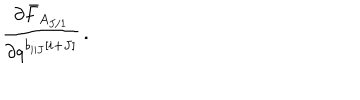
\frac { \partial \bar { F } _ { A _ { J / 1 } } } { \partial q ^ { b _ { i | J } \left[ i + J \right] } } \, .